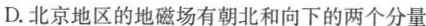
D. 北京地区的地磁场有朝北和向下的两个分量